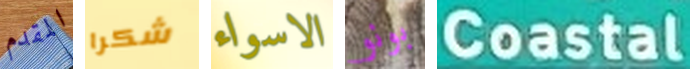
المقدم شكرا الاسواء بونو Coastal